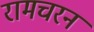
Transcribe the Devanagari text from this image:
रामचरन